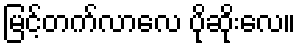
မြင့်တက်လာလေ ပိုဆိုးလေ။